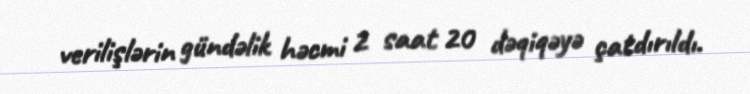
verilişlərin gündəlik həcmi 2 saat 20 dəqiqəyə çatdırıldı.